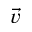
\vec { v }